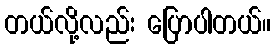
တယ်လို့လည်း ပြောပါတယ်။